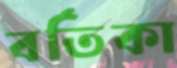
বর্তিকা